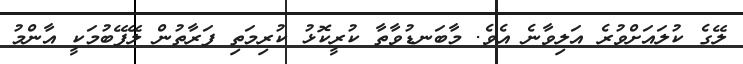
ލޭގެ ކުލައަށްވުރެ އަލިވާނެ އެވެ. މާބަނޑުވާތާ ކުރީކޮޅު ކުރިމަތި ފަރާތުން ލޭފޭބުމަކީ އާންމު